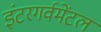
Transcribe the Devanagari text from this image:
इंटरगर्वमेंटल